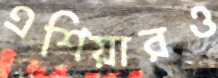
এশিয়ারও